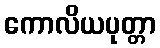
ကောလိယပုတ္တာ